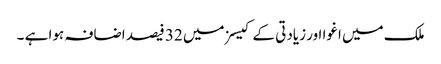
ملک میں اغوا اور زیادتی کے کیسزمیں 32 فیصد اضافہ ہوا ہے ۔